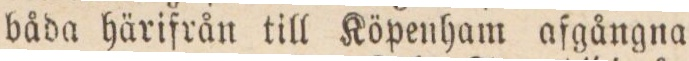
båda härifrån till Köpenham afgångna